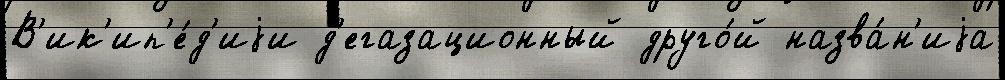
В'ик'ип'е́д'иjи д'егазационный друго́й назва́н'иjа